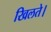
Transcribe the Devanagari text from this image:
खिलते।